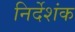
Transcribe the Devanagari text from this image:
निर्देशंक